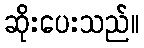
ဆိုးပေးသည်။